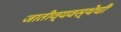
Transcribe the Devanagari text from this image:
जातीव्यवस्थेची